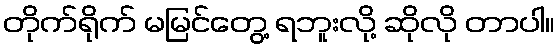
တိုက်ရိုက် မမြင်တွေ့ ရဘူးလို့ ဆိုလို တာပါ။